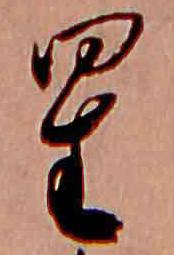
星